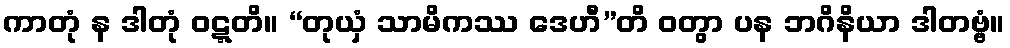
ကာတုံ န ဒါတုံ ဝဋ္ဋတိ။ “တုယှံ သာမိကဿ ဒေဟီ”တိ ဝတွာ ပန ဘဂိနိယာ ဒါတဗ္ဗံ။